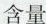
含量